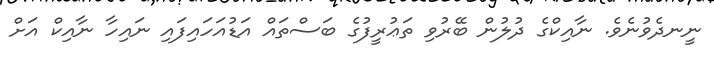
ނީނދެވުނެވެ. ނާއިކްގެ ދުލުން ބޭރުވި ތަޢުރީފުގެ ބަސްތައް އަޑުއަހައިފައި ނައިހާ ނާއިކް އަށް